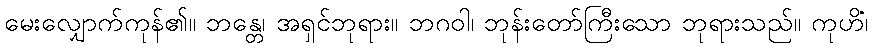
မေးလျှောက်ကုန်၏။ ဘန္တေ၊ အရှင်ဘုရား။ ဘဂဝါ၊ ဘုန်းတော်ကြီးသော ဘုရားသည်။ ကုဟိံ၊